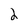
Character: 2